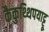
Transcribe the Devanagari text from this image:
कैकुथ्थिपयाट्टू